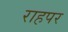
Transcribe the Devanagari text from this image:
राहपर